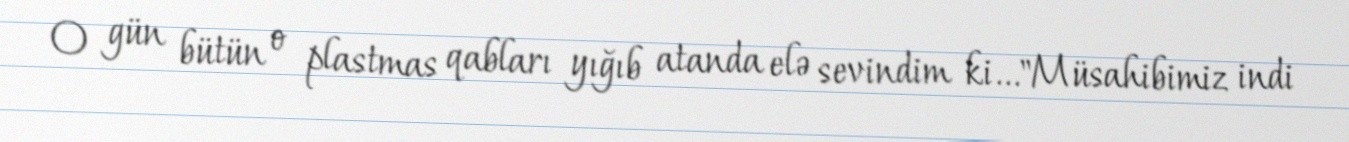
O gün bütün o plastmas qabları yığıb atanda elə sevindim ki..."Müsahibimiz indi